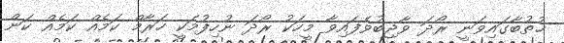
ޚުތުބާގައިވަނީ ރޯދަ ވާޖިބުވެފައިވާ މީހަކު ރޯދަ ނުހިފުމަކީ ހަރާމް ކަމެއް ކަމެއް ކަން